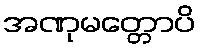
အဏုမတ္တောပိ